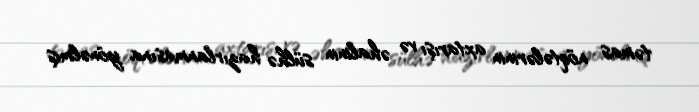
təmas nöqtələrinin axtarışı və əhalinin sülhə hazırlanmasına yönəlmiş